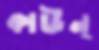
কাউন্